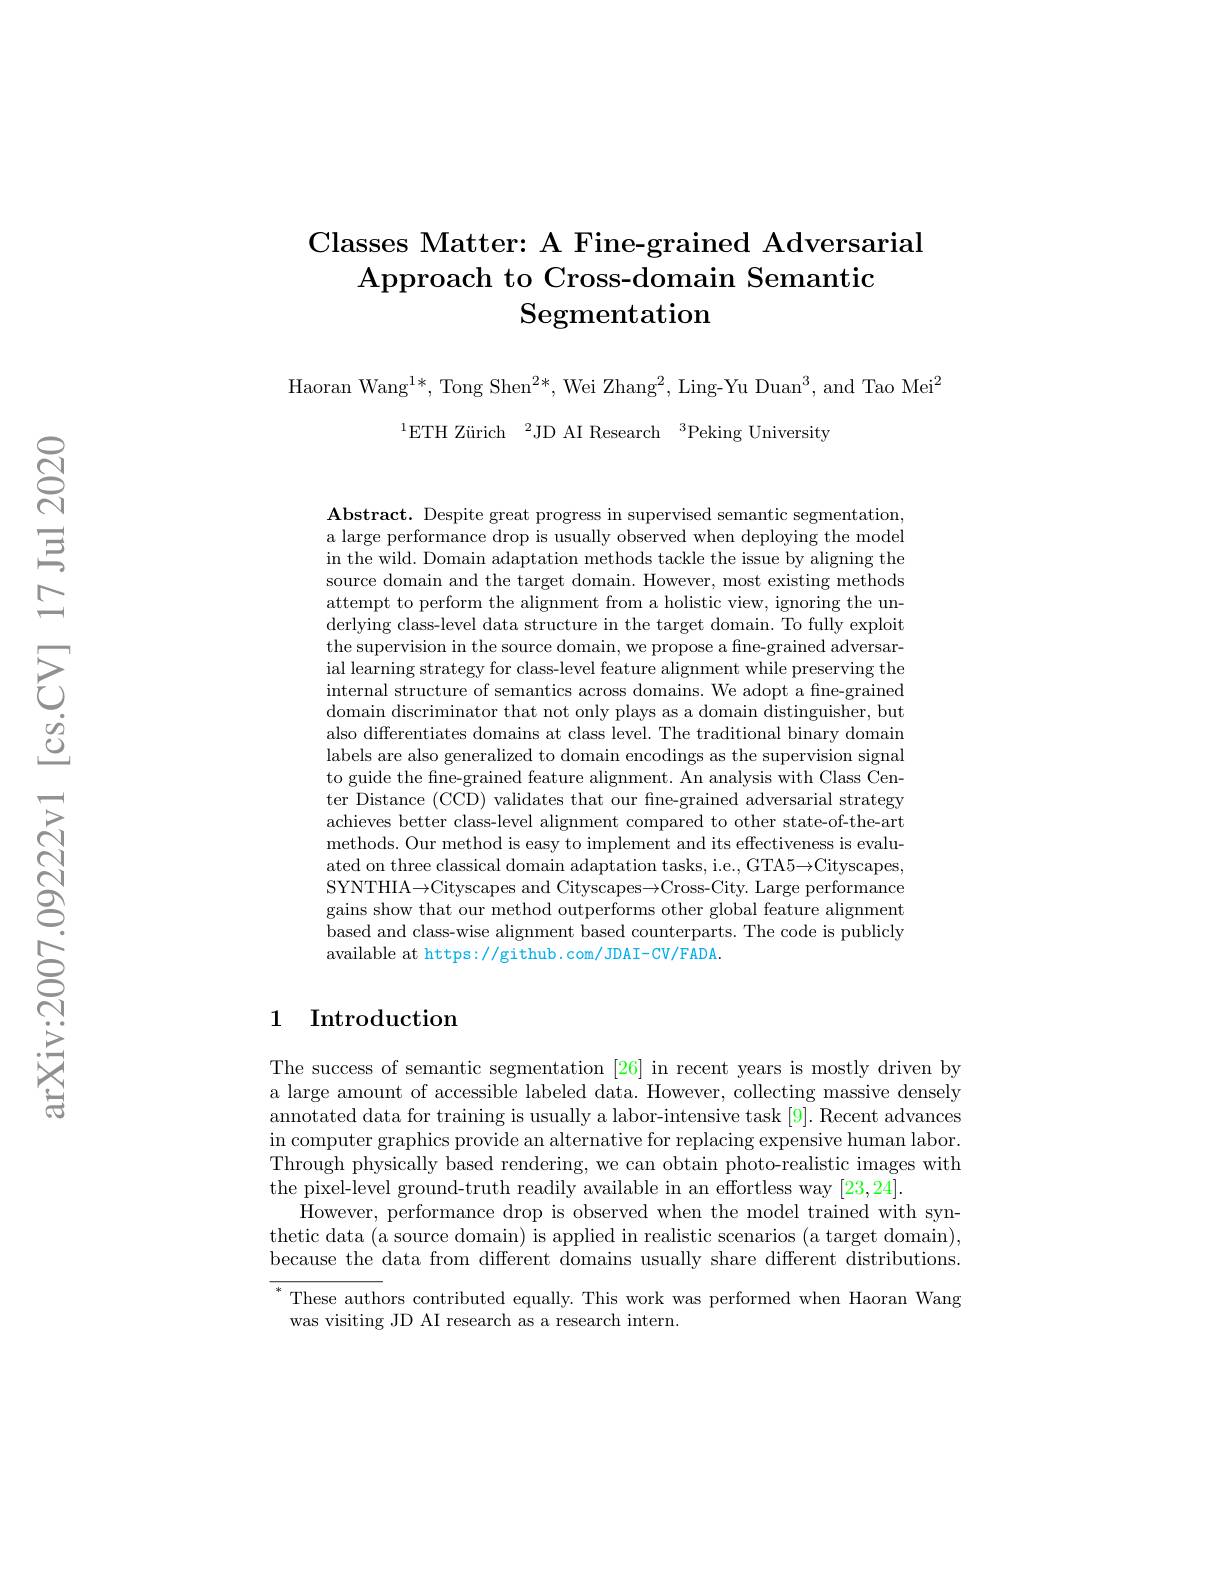
## Classes Matter: A Fine-grained Adversarial Approach to Cross-domain Semantic $\operatorname{Segmentation}$

Haoran Wang$^1*$,Tong Shen$^2*$, Wei Zhang$^2$,Ling-Yu Duan$^3$,and Tao Mei$^2$
$^{1}$ETH Zürich$^2$JD AI Research$^3$Peking University

$\mathbf{Abstract.~Despite~great~progress~in~supervised~semantic~segmentation,}$ a large performance drop is usually observed when deploying the model in the wild. Domain adaptation methods tackle the issue by aligning the source domain and the target domain. However, most existing methods attempt to perform the alignment from a holistic view, ignoring the underlying class-level data structure in the target domain. To fully exploit the supervision in the source domain, we propose a fine-grained adversarial learning strategy for class-level feature alignment while preserving the internal structure of semantics across domains. We adopt a fine-grained domain discriminator that not only plays as a domain distinguisher, but also differentiates domains at class level. The traditional binary domain labels are also generalized to domain encodings as the supervision signal to guide the fine-grained feature alignment. An analysis with Class Center Distance (CCD) validates that our fne-grained adversarial strategy achieves better class-level alignment compared to other state-of-the-art methods. Our method is easy to implement and its effectiveness is evaluated on three classical domain adaptation tasks, i.e., GTA5→Cityscapes, SYNTHIA$\to$Cityscapes and Cityscapes$\to$Cross- City. Large performance gains show that our method outperforms other global feature alignment based and class-wise alignment based counterparts. The code is publicly available at https://github.com/JDAI-CV/FADA.

## 1 Introduction

The success of semantic segmentation [26] in recent years is mostly driven by a large amount of accessible labeled data. However, collecting massive densely annotated data for training is usually a labor-intensive task [9]. Recent advances in computer graphics provide an alternative for replacing expensive human labor. Through physically based rendering, we can obtain photo-realistic images with the pixel-level ground-truth readily available in an effortless way [23,24].
However, performance drop is observed when the model trained with synthetic data (a source domain) is applied in realistic scenarios (a target domain), because the data from different domains usually share different distributions. $^*$These authors contributed equally. This work was performed when Haoran Wang was visiting JD AI research as a research intern.